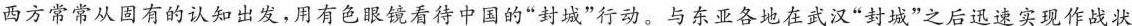
西方常常从固有的认知出发，用有色眼镜看待中国的”封城”行动。与东亚各地在武汉”封城”之后迅速实现作战状